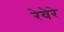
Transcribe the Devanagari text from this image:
रेवेरे